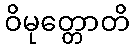
ဝိမုတ္တောတိ